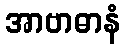
အာဗာဓာနံ